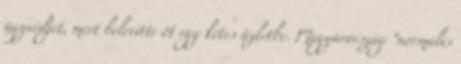
ügyvédjét, mert belevitte őt egy kétes üzletbe. Magyarország "normális